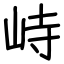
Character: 峙